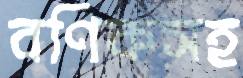
বণিকসহ